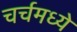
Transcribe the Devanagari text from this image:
चर्चमध्‍ये